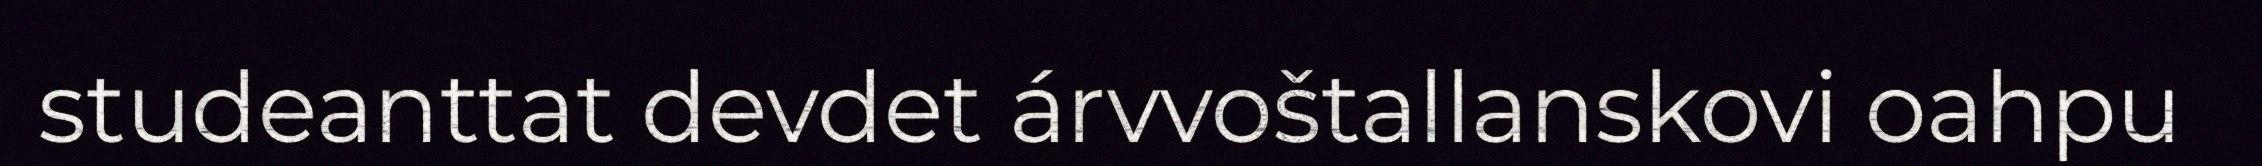
studeanttat devdet árvvoštallanskovi oahpu